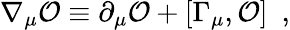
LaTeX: \nabla_{\mu}{\cal O}\equiv\partial_{\mu}{\cal O}+[\Gamma_{\mu},{\cal O}]\ \ ,